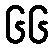
၆၆